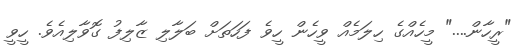
"ރީހާން...." މީހެއްގެ ހިލަމެއް ވީހެން ހީވެ ފަހަތަށް ބަލާލި ޒާލިފު ގޮވާލިއެވެ. ހީވީ